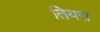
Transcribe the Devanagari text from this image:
तियरा